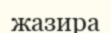
жазира